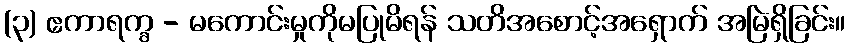
(၃) ဧကာရက္ခ - မကောင်းမှုကိုမပြုမိရန် သတိအစောင့်အရှောက် အမြဲရှိခြင်း။